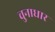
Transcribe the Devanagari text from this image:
चुनाधार